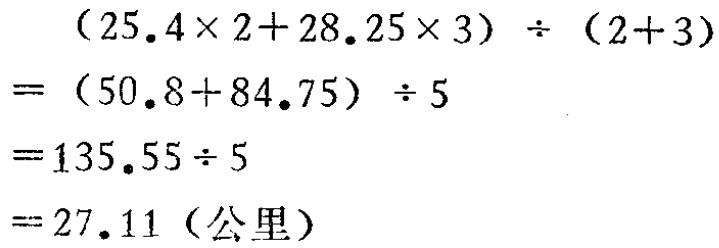
\[
\begin{align*}
&(25.4\times 2 + 28.25\times 3)\div(2 + 3)\\
=&(50.8 + 84.75)\div 5\\
=&135.55\div 5\\
=&27.11 (\text{公里})
\end{align*}
\]